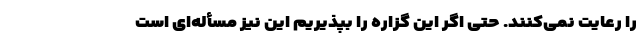
را رعایت نمی‌کنند. حتی اگر این گزاره را بپذیریم این نیز مسأله‌ای است